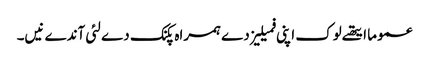
عموما ایتھ‏ے لوک اپنی فمیلیز دے ہمراہ پکنک دے لئی آندے نی‏‏‏‏ں۔